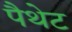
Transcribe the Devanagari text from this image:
पैथेट